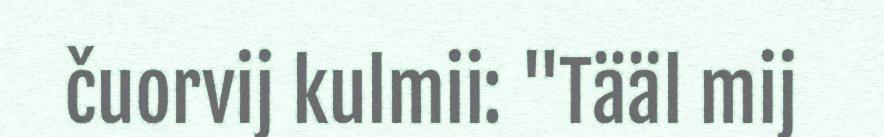
čuorvij kulmii: "Tääl mij